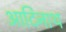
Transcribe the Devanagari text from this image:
आदिनाथ्‍ा